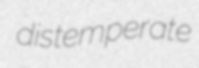
distemperate